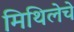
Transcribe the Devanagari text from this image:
मिथिलेचे